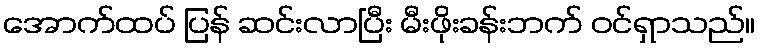
အောက်ထပ် ပြန် ဆင်းလာပြီး မီးဖိုးခန်းဘက် ဝင်ရှာသည်။